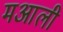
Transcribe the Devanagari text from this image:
मआली